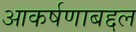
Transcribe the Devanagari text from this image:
आकर्षणाबद्दल